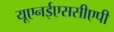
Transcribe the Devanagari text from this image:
यूएनईएससीएपी